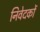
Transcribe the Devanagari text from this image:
निवेदकों